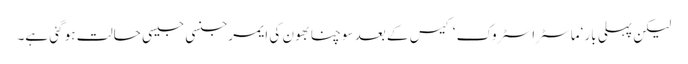
لیکن پہلی بار ‘ماسٹراسٹروک ‘ کیس کے بعد سوچنا بھون کی ایمرجنسی جیسی حالت ہو گئی ہے۔